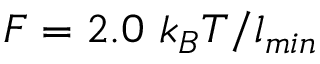
F = 2 . 0 ~ k _ { B } T / l _ { m i n }